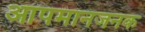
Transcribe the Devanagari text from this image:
आपमानजनक